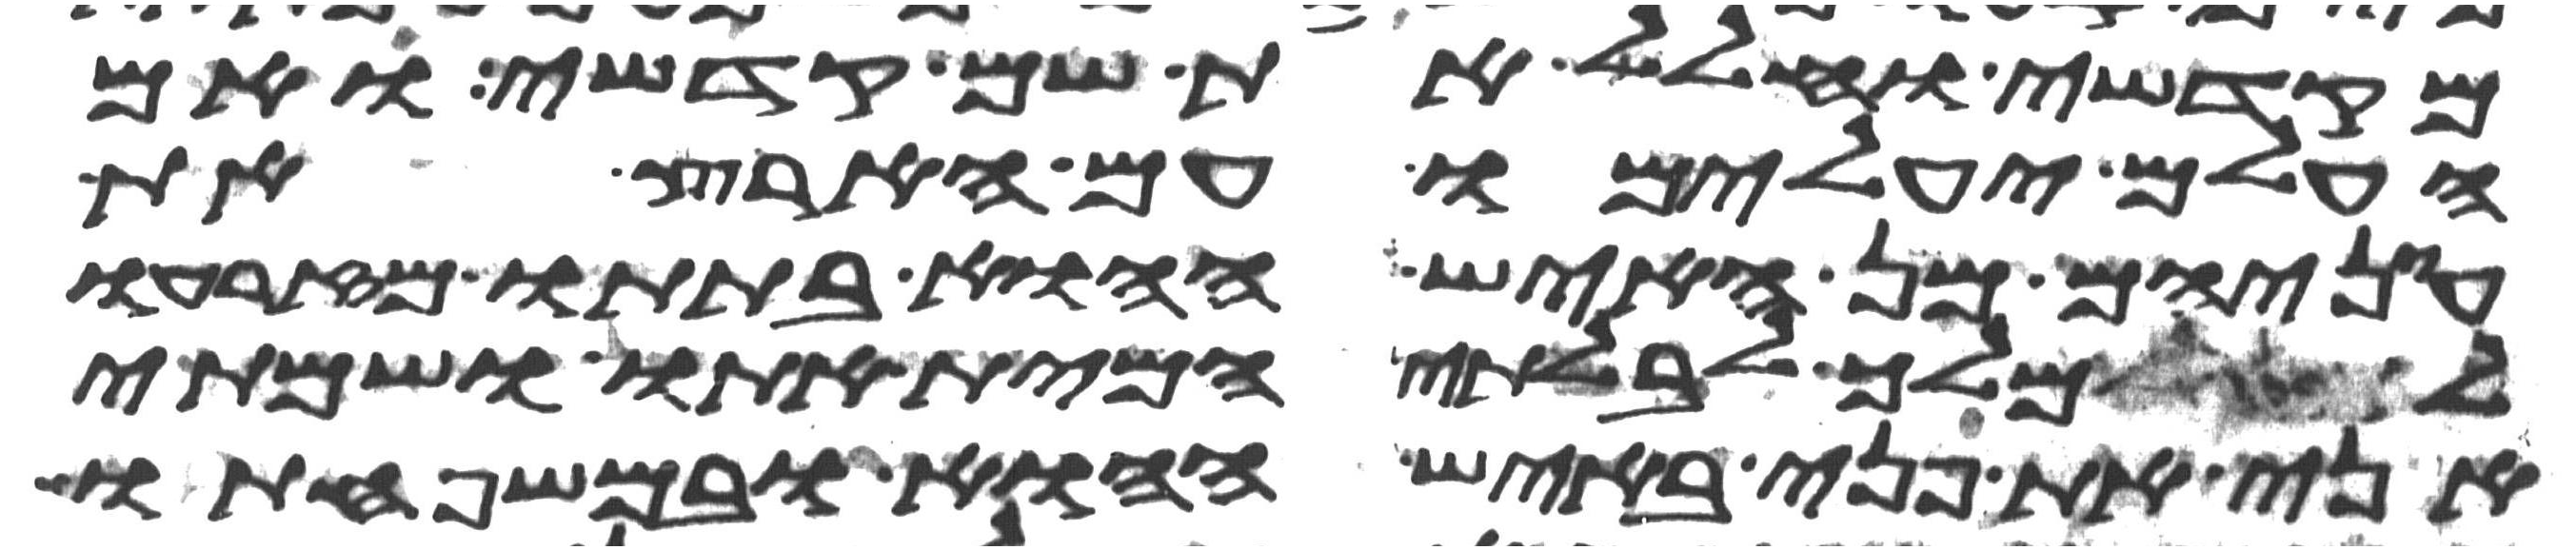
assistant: מקדשי וחלל את שם קדשי ואם
העלם יעלמו עם הארץ את
עיניהם מן האיש ההוא בתתו מזרעו
למלך לבלתי המית אתו ושמתי
אני את פני באיש ההוא ובמשפחתו